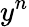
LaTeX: y^{n}